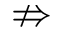
\nRightarrow